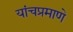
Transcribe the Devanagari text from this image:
यांचप्रमाणे